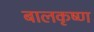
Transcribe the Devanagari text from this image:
बालकृष्‍ण